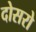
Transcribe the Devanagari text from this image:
दोसरो